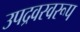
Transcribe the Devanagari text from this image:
उपद्रवस्वरूप